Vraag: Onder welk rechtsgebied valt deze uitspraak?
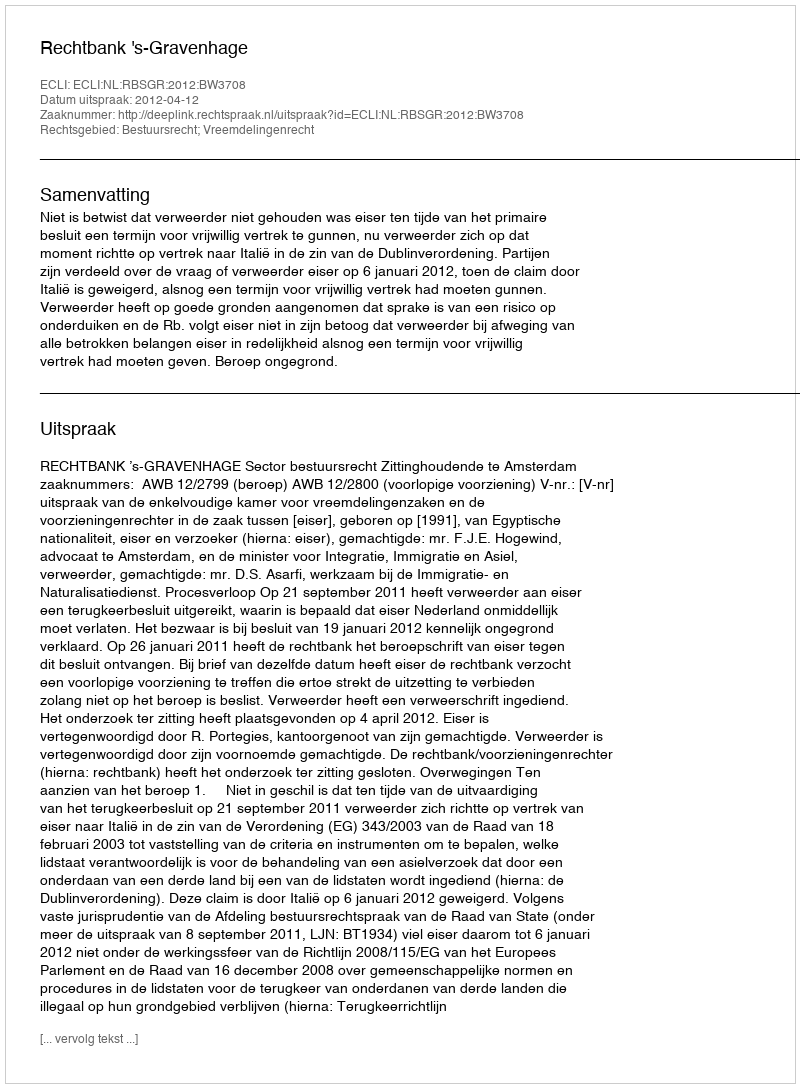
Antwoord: Bestuursrecht; Vreemdelingenrecht